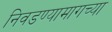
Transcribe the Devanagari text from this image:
निवडण्यामागच्या